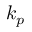
k _ { p }